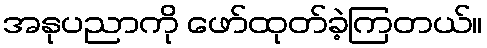
အနုပညာကို ဖော်ထုတ်ခဲ့ကြတယ်။